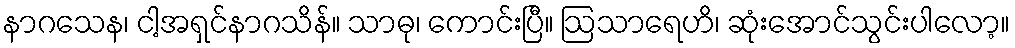
နာဂသေန၊ ငါ့အရှင်နာဂသိန်။ သာဓု၊ ကောင်းပြီ။ ဩသာရေဟိ၊ ဆုံးအောင်သွင်းပါလော့။